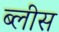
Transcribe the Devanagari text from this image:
ब्लीस